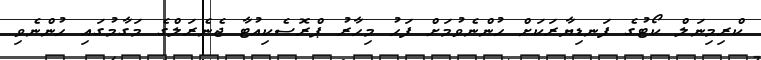
ކްރިމިނަލް ކޯޓުގެ ފަނޑިޔާރަކަށް ހުންނެވުމަށް ފަހު މިހާރު ޕްރޮސެކިއުޓާ ޖެނެރަލްގެ މަގާމުގައި ހުންނެވި